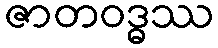
ဇာတဝဒ္ဓဿ